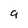
Character: 9